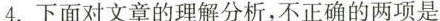
下面对文章的理解分析,不正确的两项是